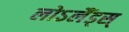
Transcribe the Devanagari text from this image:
लोऽलैंड्स्